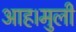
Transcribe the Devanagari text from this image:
आह।मुली